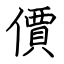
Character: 價